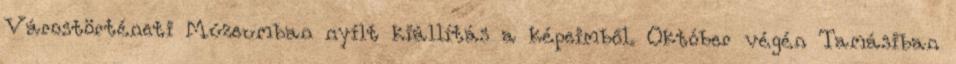
Várostörténeti Múzeumban nyílt kiállítás a képeimből. Október végén Tamásiban